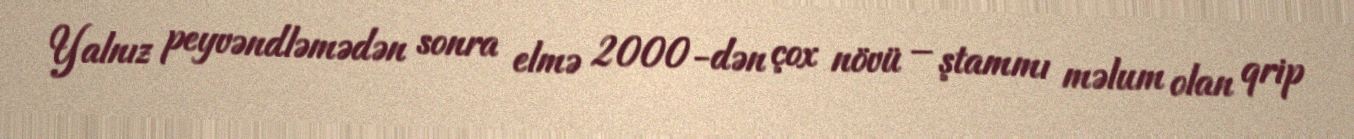
Yalnız peyvəndləmədən sonra elmə 2000-dən çox növü – ştammı məlum olan qrip